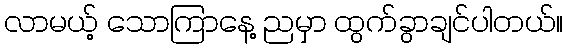
လာမယ့် သောကြာနေ့ ညမှာ ထွက်ခွာချင်ပါတယ်။